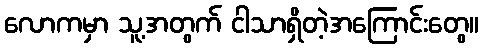
လောကမှာ သူ့အတွက် ငါသာရှိတဲ့အကြောင်းတွေ။